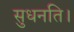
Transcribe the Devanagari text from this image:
सुधनति।